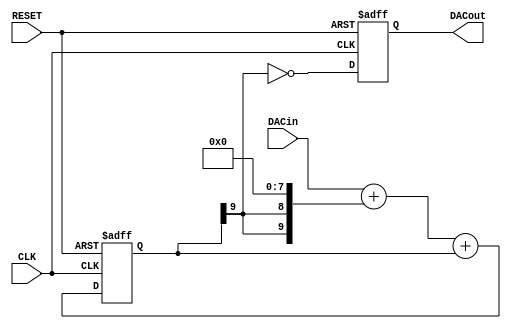
// This program was cloned from: https://github.com/MiSTer-devel/MiSTerLaggy_MiSTer
// License: GNU General Public License v2.0

//
// PWM DAC
//
// MSBI is the highest bit number. NOT amount of bits!
//
module sigma_delta_dac #(parameter MSBI=7, parameter INV=1'b1)
(
   output reg      DACout, //Average Output feeding analog lowpass
   input  [MSBI:0] DACin,  //DAC input (excess 2**MSBI)
   input           CLK,
   input           RESET
);

reg [MSBI+2:0] DeltaAdder; //Output of Delta Adder
reg [MSBI+2:0] SigmaAdder; //Output of Sigma Adder
reg [MSBI+2:0] SigmaLatch; //Latches output of Sigma Adder
reg [MSBI+2:0] DeltaB;     //B input of Delta Adder

always @(*) DeltaB = {SigmaLatch[MSBI+2], SigmaLatch[MSBI+2]} << (MSBI+1);
always @(*) DeltaAdder = DACin + DeltaB;
always @(*) SigmaAdder = DeltaAdder + SigmaLatch;

always @(posedge CLK or posedge RESET) begin
   if(RESET) begin
      SigmaLatch <= 1'b1 << (MSBI+1);
      DACout <= INV;
   end else begin
      SigmaLatch <= SigmaAdder;
      DACout <= SigmaLatch[MSBI+2] ^ INV;
   end
end

endmodule